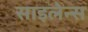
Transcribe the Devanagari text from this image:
साइलेन्स